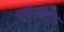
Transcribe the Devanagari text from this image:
कपेसीटर